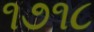
૧૭૧૮